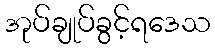
အုပ်ချုပ်ခွင့်ရဒေသ